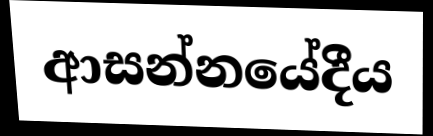
ආසන්නයේදීය